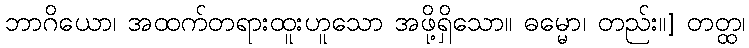
ဘာဂိယော၊ အထက်တရားထူးဟူသော အဖို့ရှိသော။ ဓမ္မော၊ တည်း။] တတ္ထ၊